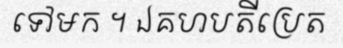
ទៅមក ។ ឯគហបតីប្រេត